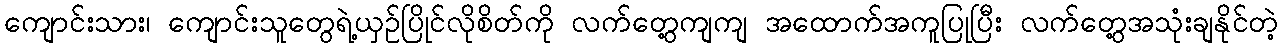
ကျောင်းသား၊ ကျောင်းသူတွေရဲ့ယှဉ်ပြိုင်လိုစိတ်ကို လက်တွေ့ကျကျ အထောက်အကူပြုပြီး လက်တွေ့အသုံးချနိုင်တဲ့